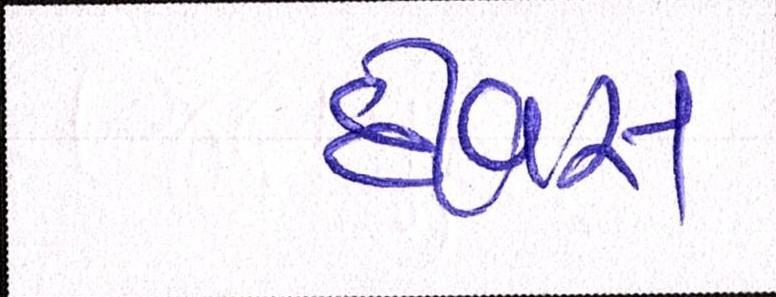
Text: દીવસ